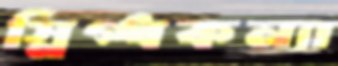
স্নিগ্ধকন্যা